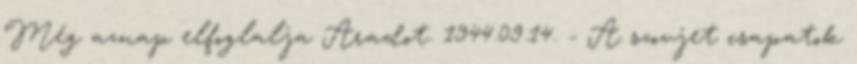
Még aznap elfoglalja Aradot. 1944.09.14. - A szovjet csapatok